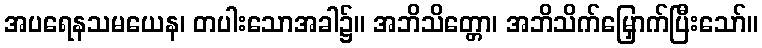
အပရေနသမယေန၊ တပါးသောအခါ၌။ အဘိသိတ္တော၊ အဘိသိက်မြှောက်ပြီးသော်။